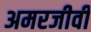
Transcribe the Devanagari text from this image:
अमरजीवी